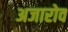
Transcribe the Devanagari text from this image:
अजारोव